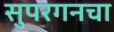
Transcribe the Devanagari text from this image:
सुपरगनचा